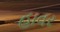
હાવર